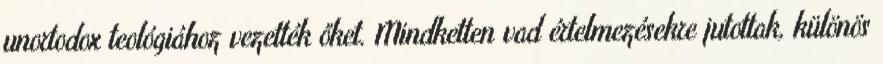
unortodox teológiához vezették őket. Mindketten vad értelmezésekre jutottak, különös